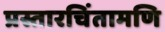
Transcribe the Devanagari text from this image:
प्रस्तारचिंतामणि